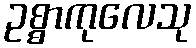
ဥစ္စာကုလေသု